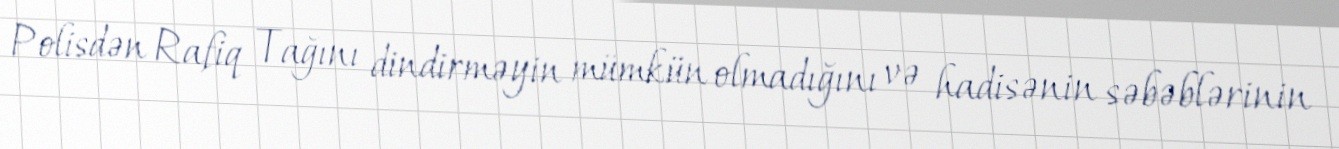
Polisdən Rafiq Tağını dindirməyin mümkün olmadığını və hadisənin səbəblərinin